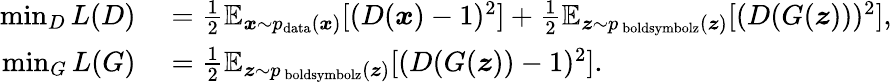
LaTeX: \begin{array}{rl}{\operatorname*{min}_{D}L(D)}&{{}=\frac{1}{2}\mathbb{E}_{\boldsymbol{x}\sim p_{\mathrm{data}}(\boldsymbol{x})}[(D(\boldsymbol{x})-1)^{2}]+\frac{1}{2}\mathbb{E}_{\boldsymbol{z}\sim p_{\mathrm{\ boldsymbol{z}}}(\boldsymbol{z})}[(D(G(\boldsymbol{z})))^{2}],}\\ {\operatorname*{min}_{G}L(G)}&{{}=\frac{1}{2}\mathbb{E}_{\boldsymbol{z}\sim p_{\mathrm{\ boldsymbol{z}}}(\boldsymbol{z})}[(D(G(\boldsymbol{z}))-1)^{2}].}\end{array}